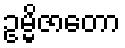
ဥမ္မိဇာတော